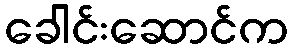
ခေါင်းဆောင်က